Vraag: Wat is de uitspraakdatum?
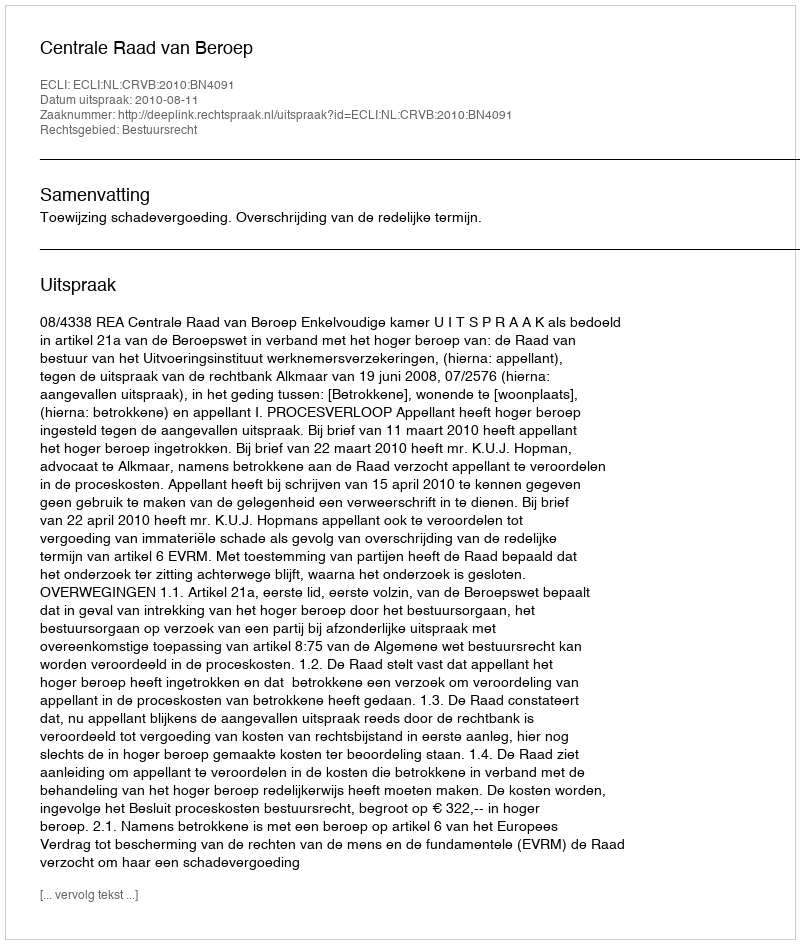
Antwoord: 2010-08-11